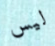
ليس